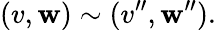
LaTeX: (v,\mathbf{w})\sim(v^{\prime\prime},\mathbf{w}^{\prime\prime}).